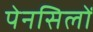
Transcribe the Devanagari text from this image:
पेनसिलों